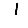
Digit: 1